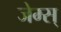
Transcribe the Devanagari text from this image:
जेम्स्